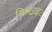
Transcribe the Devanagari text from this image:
गिब्साइट